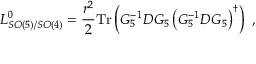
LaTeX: L _ { S O ( 5 ) / S O ( 4 ) } ^ { 0 } = \frac { { r } ^ { 2 } } { 2 } \mathrm { T r } \left( G _ { 5 } ^ { - 1 } D G _ { 5 } \left( G _ { 5 } ^ { - 1 } D G _ { 5 } \right) ^ { \dag } \right) \; ,